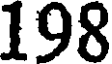
198